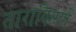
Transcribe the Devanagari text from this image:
ताराकिरणें